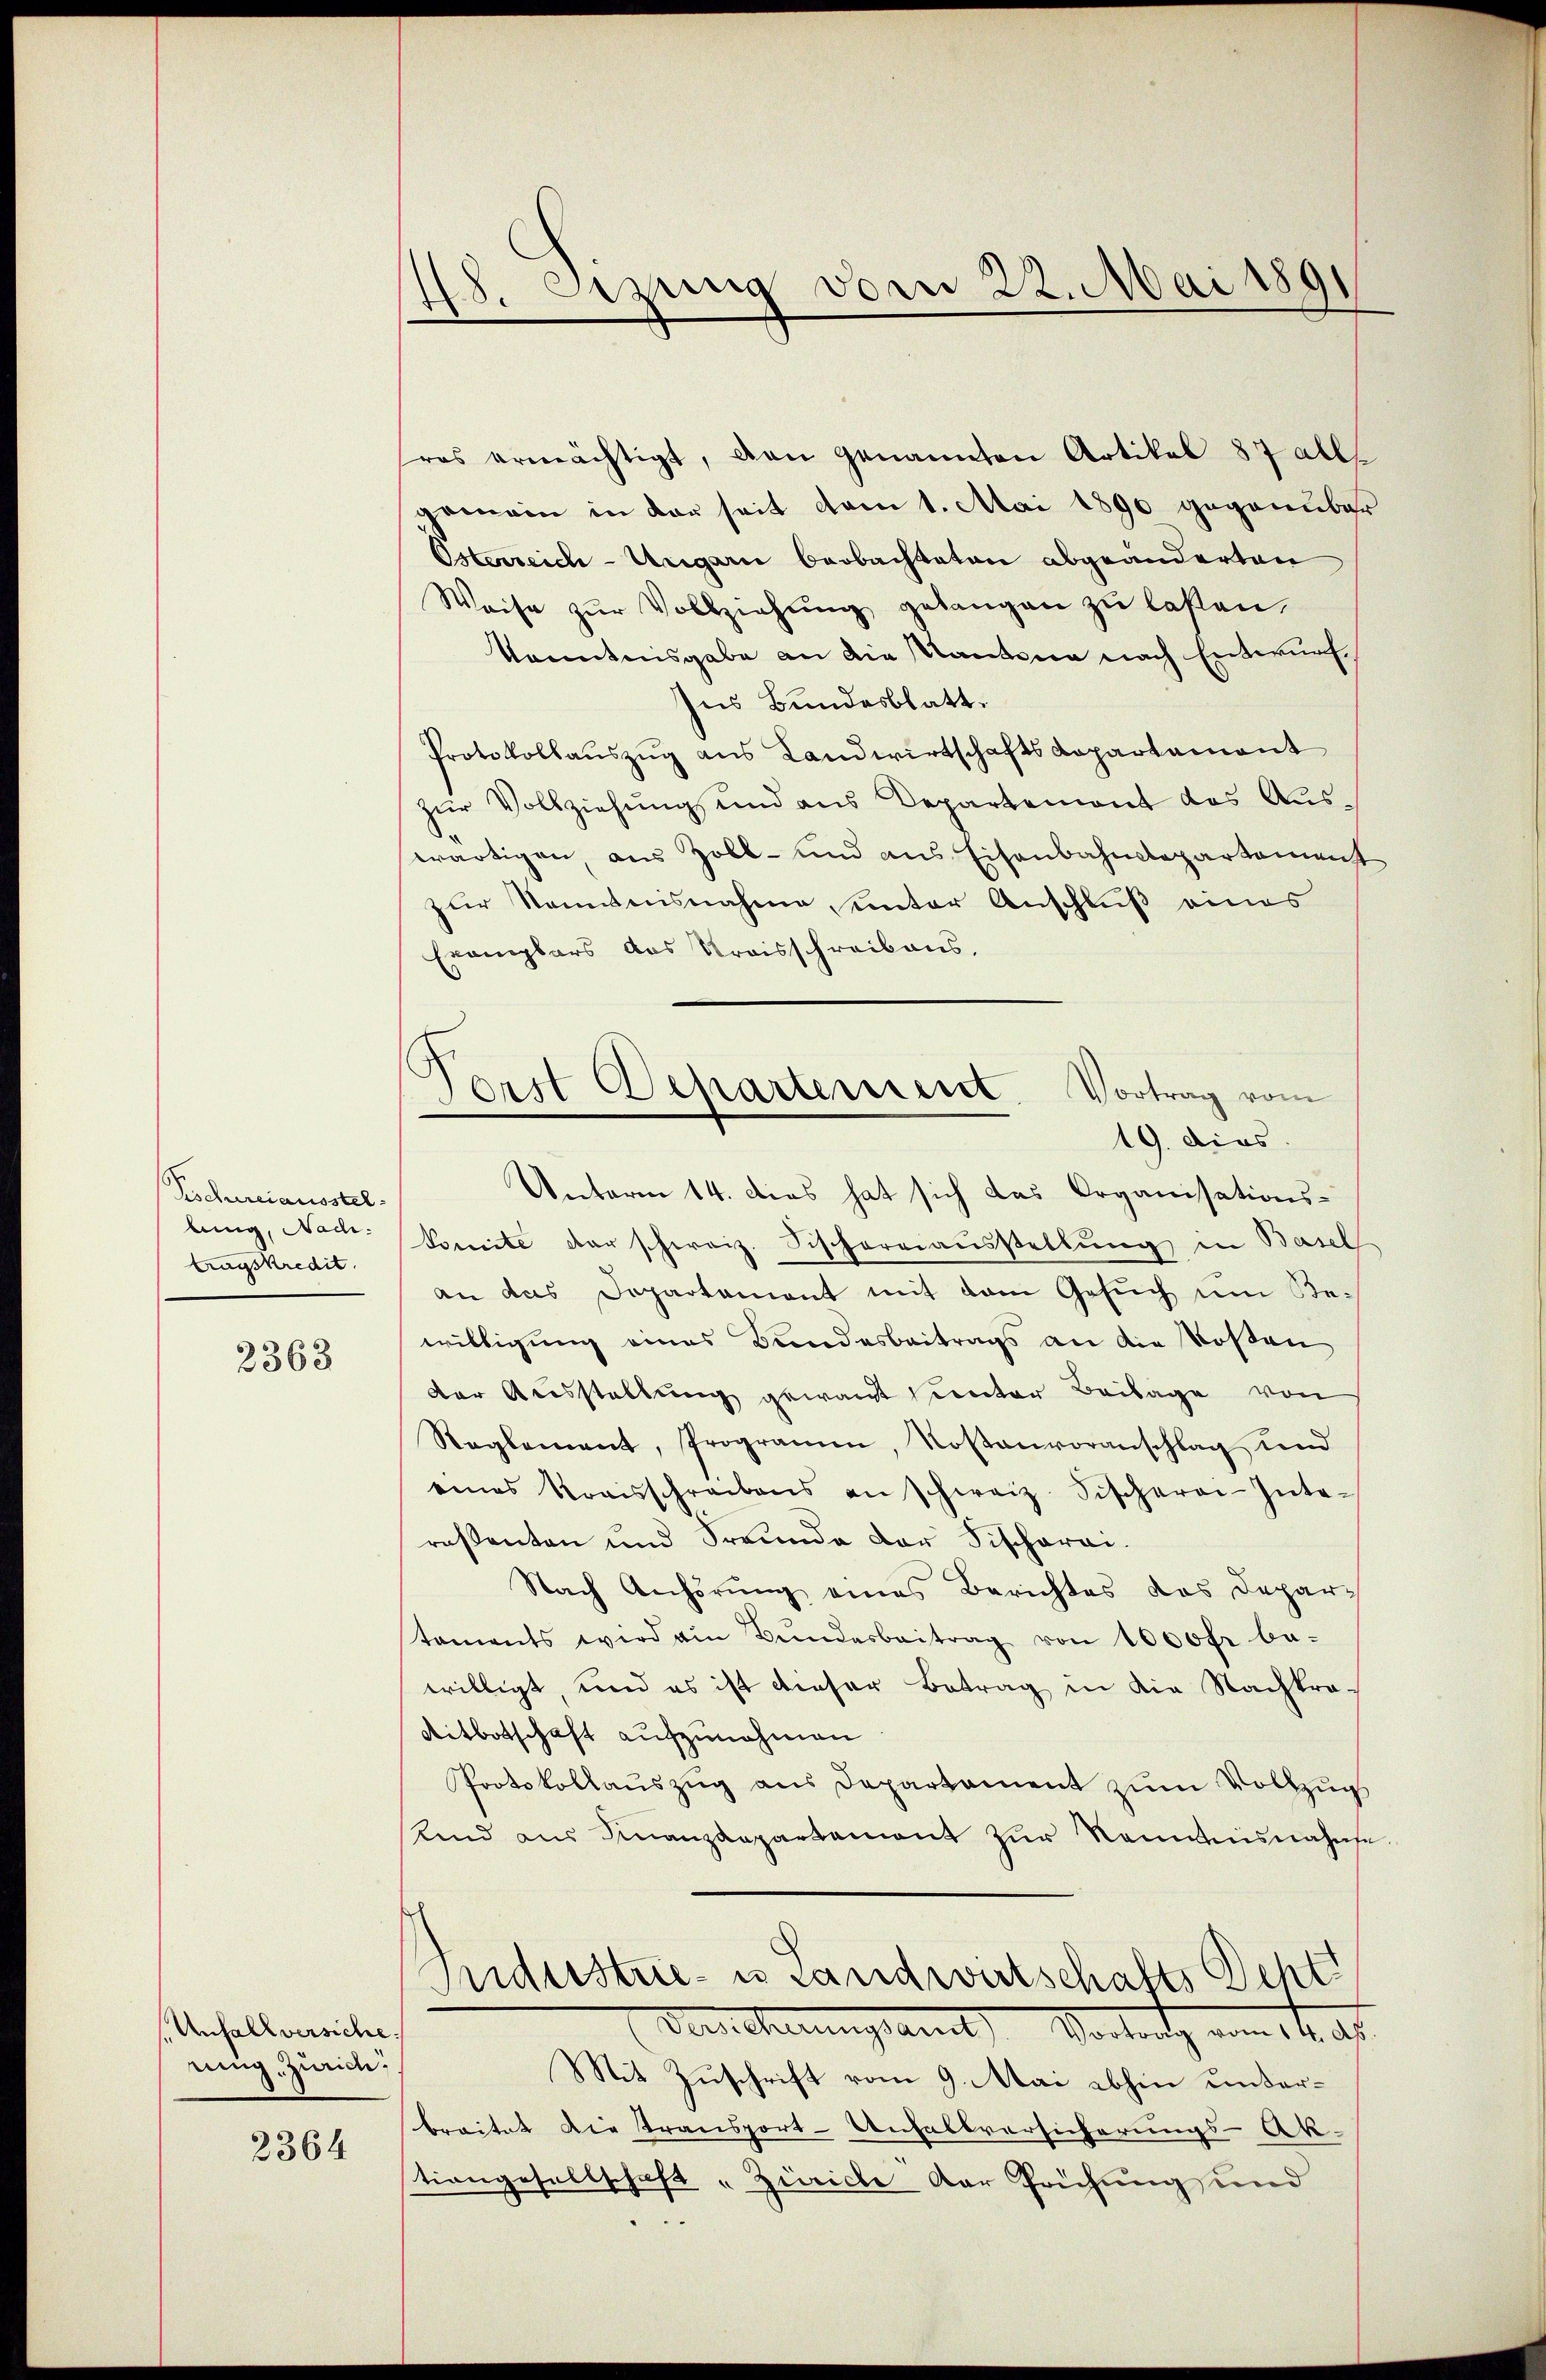
Geschreiausstelbung, Nac
tragskredit.

2363

Unfallversiche.
rung Zürich:

2364

48. Setzung vom 22. Mai 1891

res ermächtigt, den Genannten Artikel 87 all
gemein in der seit vom 1. Mai 1890 gegenüber
Osterreich-Ungarn beobachteten abgeänderten
Weise zŭr Vollziehŭng gelangen zu laßen.
konntnisgabe an die Kantona nach Entwurf
Ins Bundesblatt.
Protokollauszug aus Landwirtschafts-Kapartement
zŭr Vollziehŭng und aus Departement das Aŭs-
wärtigen, aus Zoll- und aus Eisenbahndepartement
zur Kenntnisnahme unter Anschluß eines
Examplars das Kraisschreibens.
Unterm 14. Dies hat sich das Organisations-
Comite der schweiz. Schoreiausstellung in Basel
an das Departement mit dem Gesuch um Bewilligung eines Bundesbeitrags an die Rosen
der Ausstellung gewant unter Beilage von
Reglement, Programen, Kostenvoranschlag und
eines Kraisschreibens an schweiz. Fischere-Inte-
resenten und Freunde der Fischerei
Nach Anhörung eines Berichtes das Departaments wird am Bŭndesbeitrag von 1000 fr be-
willigt, und es ist dieser Betrag in die Nachkra¬
Aitbotschaft aufzunehmen
Protokollauszug aus Departement zum Vollzugs
lind aus Finanzdepartament zŭr Kenntnisnahmse
s
Industrie- us Landwirtschafts Dept
Deichnungsamts Vortrag vom 14. ast
Mit Zuschrift vom 9. Mai abhin unterbreitet die Transport-Unhaltversicherungs-Ak
tiongesellschaft „Zürich der Frühung und

Forst Departement. Vortrag vom
19. dies